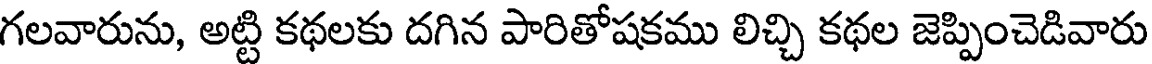
గలవారును, అట్టి కథలకు దగిన పారితోషకము లిచ్చి కథల జెప్పించెడివారు